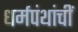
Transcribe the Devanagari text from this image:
धर्मपंथांचीं